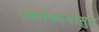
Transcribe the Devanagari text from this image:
एकमेकांपासुन